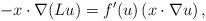
\begin{align*}- x \cdot \nabla ( Lu ) = f'(u) \left (x \cdot \nabla u\right ),\end{align*}